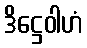
ဒိဋ္ဌေဝါဟံ